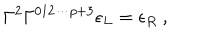
\Gamma ^ { 2 } \Gamma ^ { 0 1 2 \cdots p + 3 } \epsilon _ { L } = \epsilon _ { R } \ ,